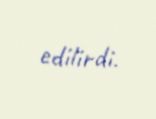
edilirdi.